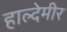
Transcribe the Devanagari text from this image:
हाल्देमीर